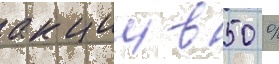
акции в 50 %